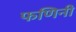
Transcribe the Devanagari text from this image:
फणिनी